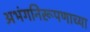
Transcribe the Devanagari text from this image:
अभंगनिरूपणाच्या